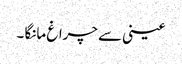
عینی سے چراغ مانگا ۔